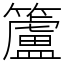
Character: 籚